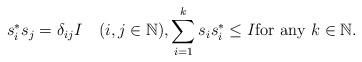
LaTeX: \begin{align*}s_{i}^{*}s_{j}=\delta_{ij}I\quad(i,j\in {\Bbb N}),\sum_{i=1}^{k}s_{i}s_{i}^{*}\leq I\mbox{for any }k\in {\Bbb N}.\end{align*}